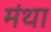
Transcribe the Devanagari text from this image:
मंथा